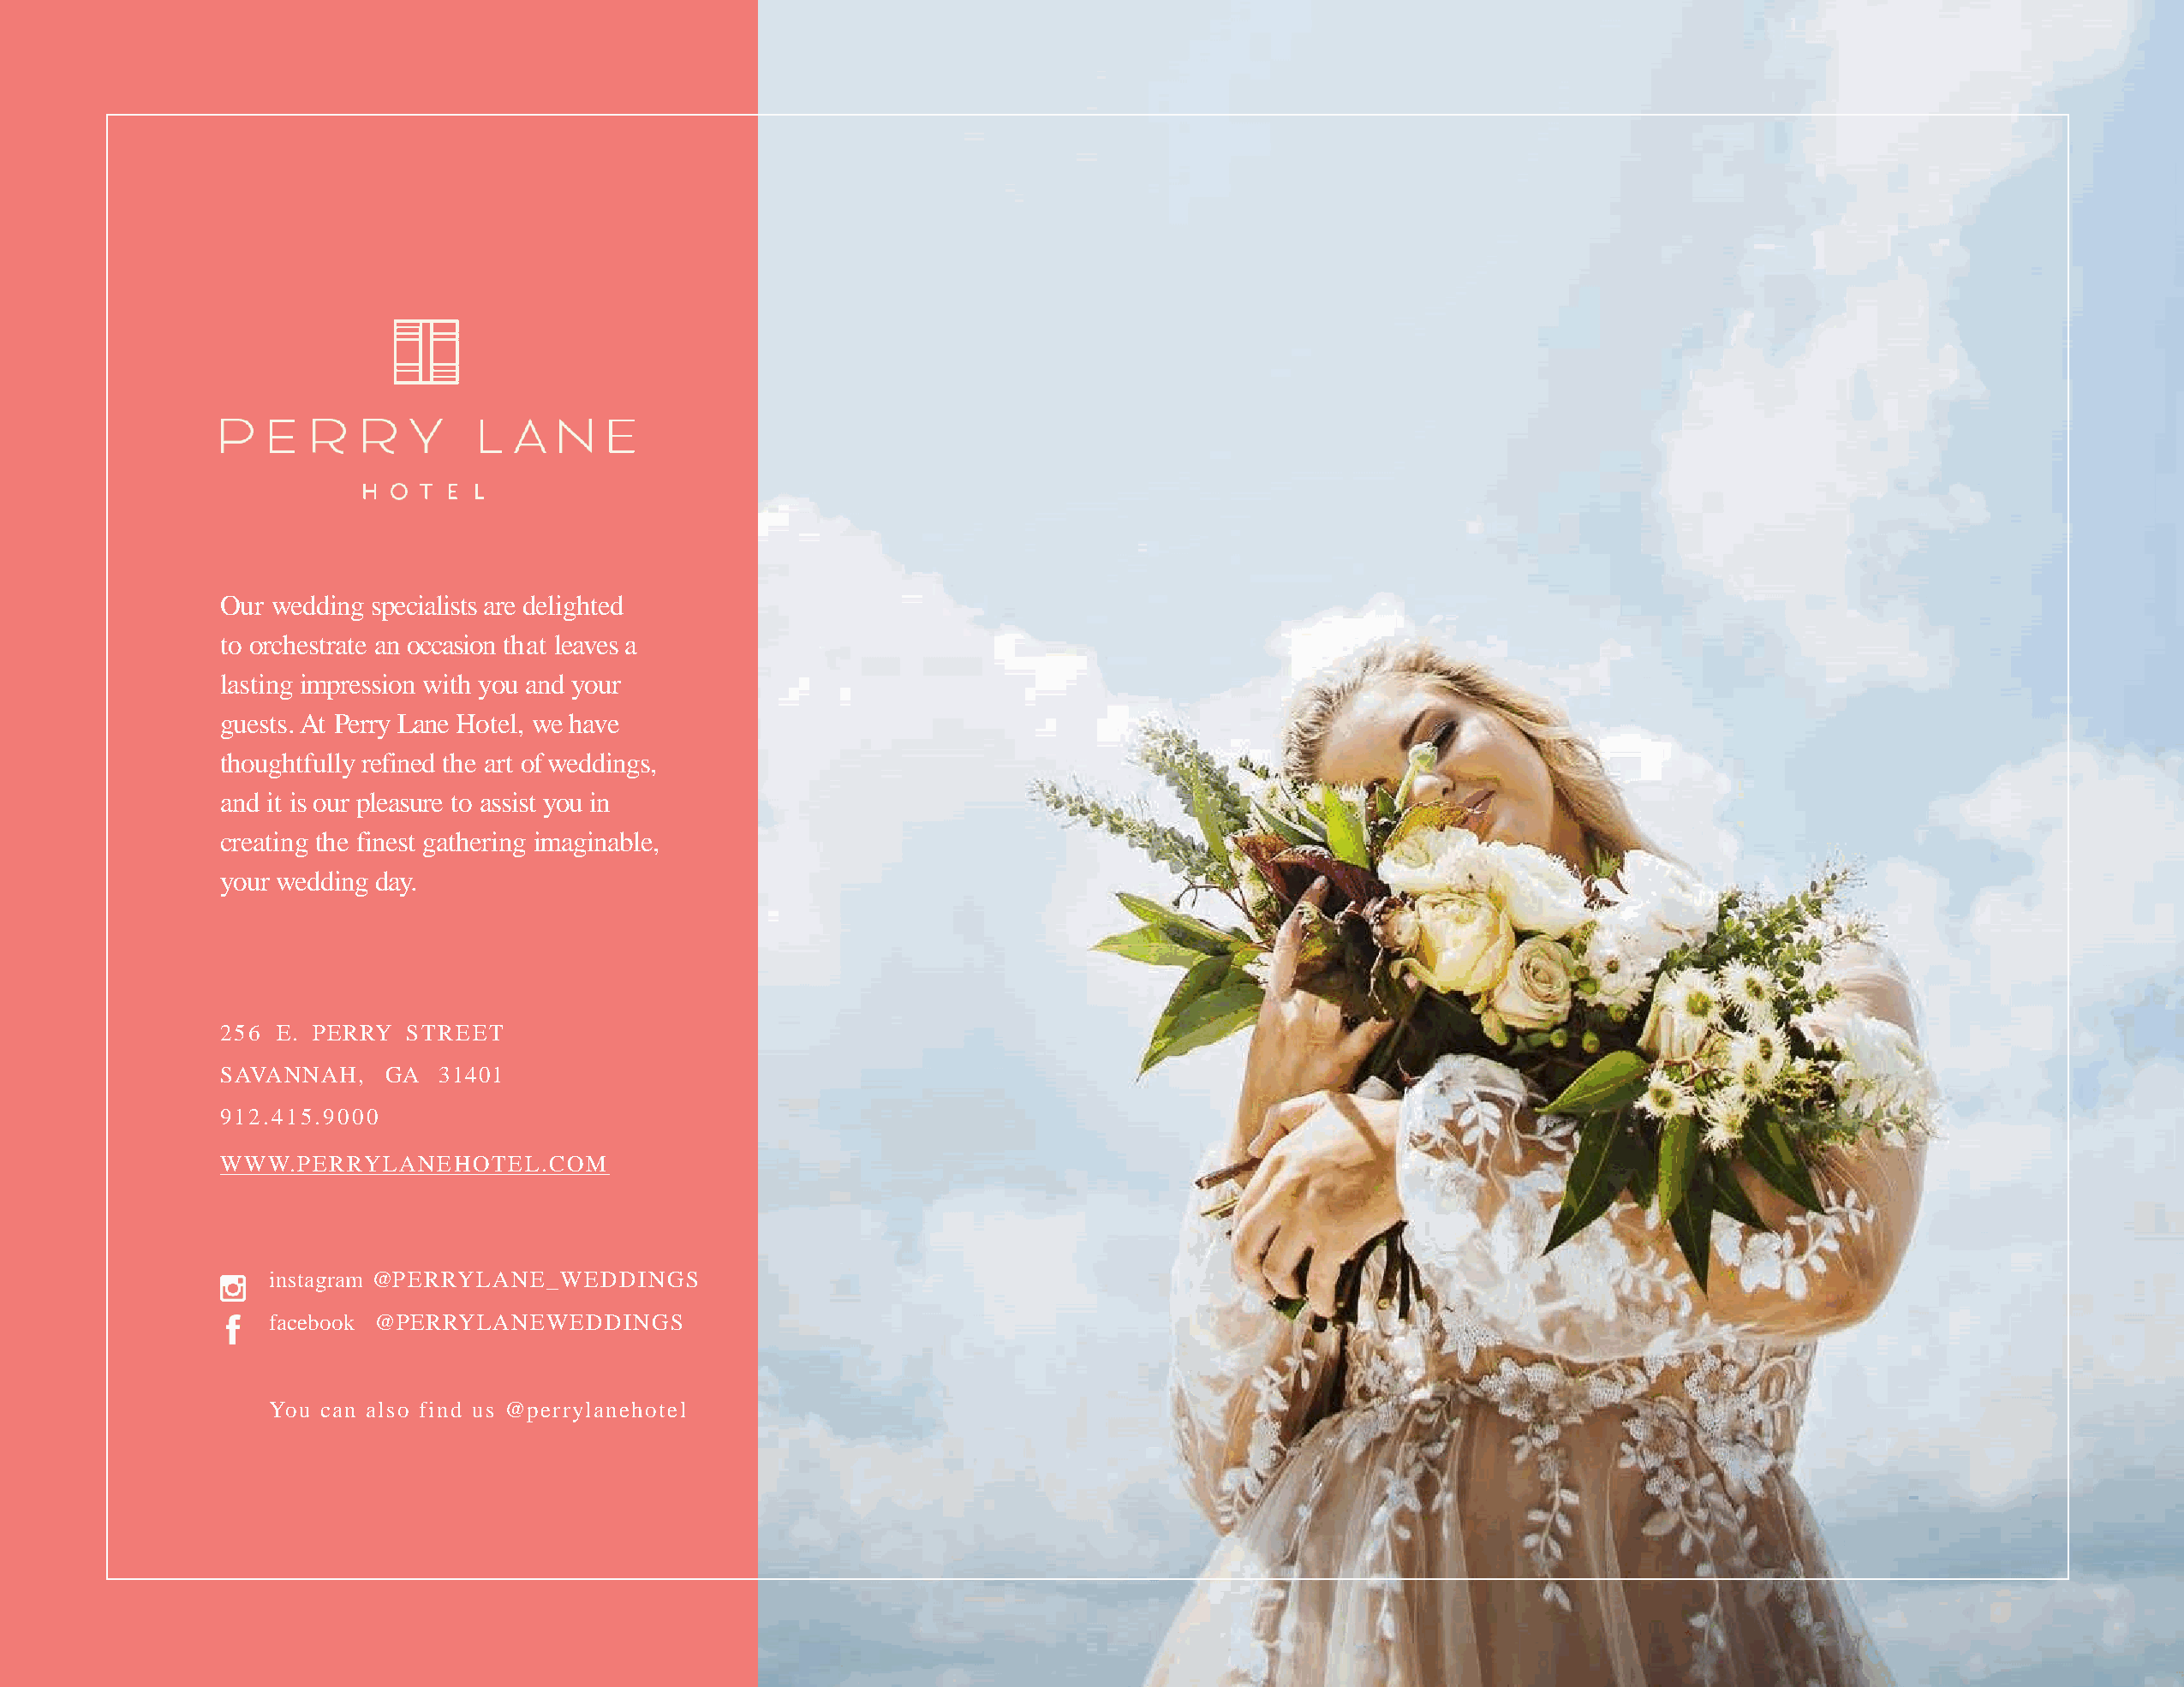
Our wedding specialists are delighted
 to orchestrate an occasion that leaves a
 lasting impression with you and your
 guests.At Perry Lane Hotel, we have
 thoughtfully refined the art ofweddings,
 and it is our pleasure to assist you in
 creating the finest gathering imaginable,
 your wedding day.
 256 E. PERRY  STREET
 SAVANNAH,    GA  31401
 912.415.9000
 WWW.PERRYLANEHOTEL.COM
 instagram @PERRYLANE_WEDDINGS
 facebook @PERRYLANEWEDDINGS
 You can also find us @perrylanehotel